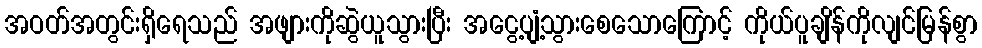
အဝတ်အတွင်းရှိရေသည် အဖျားကိုဆွဲယူသွားပြီး အငွေ့ပျံ့သွားစေသောကြောင့် ကိုယ်ပူချိန်ကိုလျင်မြန်စွာ